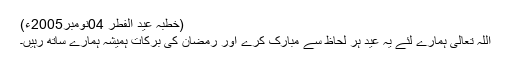
(خطبہ عید الفطر 04نومبر2005ء)
اللہ تعالیٰ ہمارے لئے یہ عید ہر لحاظ سے مبارک کرے اور رمضان کی برکات ہمیشہ ہمارے ساتھ رہیں۔